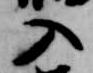
入